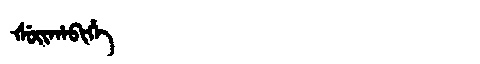
Manchu: ᡧᡠᡳᡥᠠᠪᡳᡥᡝ
Romanization: ŠUIHABIHE